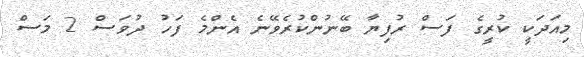
މިއަދަކީ ކުރީގެ ފަސް ރުފިޔާ ބޭނުންކުރެވޭނެ އެންމެ ފަހު ދުވަސް 2 މަސް